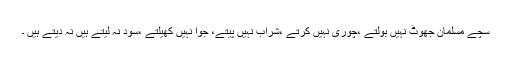
سچے مسلمان جھوٹ نہیں بولتے ،چوری نہیں کرتے ،شراب نہیں پیتے، جوا نہیں کھیلتے ،سود نہ لیتے ہیں نہ دیتے ہیں ۔